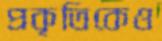
প্রকৃতিকেও